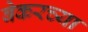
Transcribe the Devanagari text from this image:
बेकरच्या